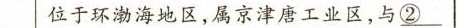
位于环渤海地区，属京津唐工业区，与\underline{②}_